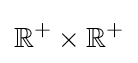
\mathbb {R} ^{+}\times \mathbb {R} ^{+}